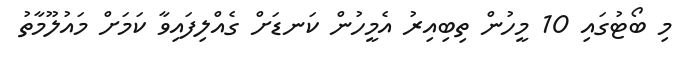
މި ބޯޓުގައި 10 މީހުން ތިބިއިރު އެމީހުން ކަނޑަށް ގެއްލިފައިވާ ކަމަށް މައުލޫމާތު